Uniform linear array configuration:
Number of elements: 48
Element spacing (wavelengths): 0.5
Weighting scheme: uniform
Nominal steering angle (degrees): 60
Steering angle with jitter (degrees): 59.471
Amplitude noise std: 0.05
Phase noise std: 0.05

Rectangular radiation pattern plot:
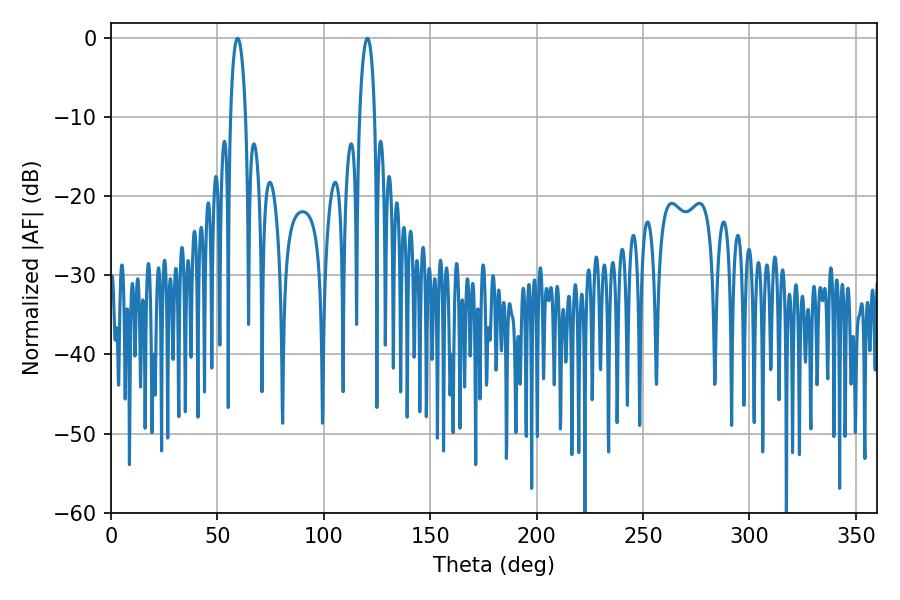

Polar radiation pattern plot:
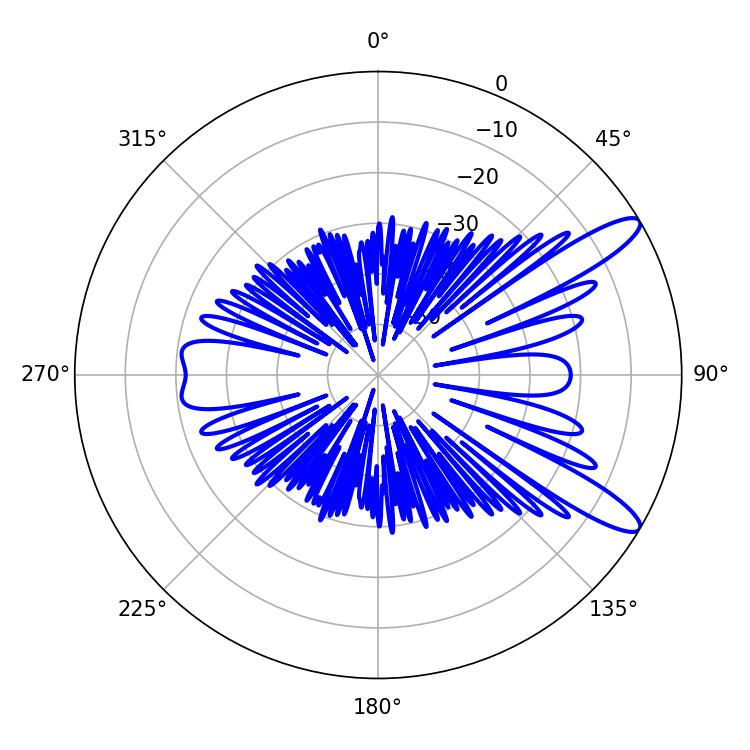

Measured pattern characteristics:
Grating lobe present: FALSE
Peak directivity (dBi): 11.633
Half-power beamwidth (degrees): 3.96
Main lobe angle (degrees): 120.42